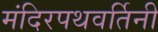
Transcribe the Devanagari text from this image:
मंदिरपथवर्तिनी